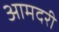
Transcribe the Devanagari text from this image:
आमदरी